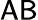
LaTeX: \mathsf{AB}